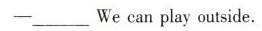
- ___ We can play outside.